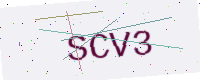
Text: SCV3